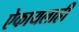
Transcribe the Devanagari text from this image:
ऐकायलाही